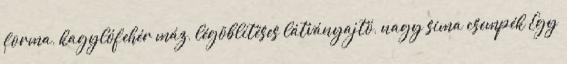
forma, kagylófehér máz, légöblítéses látványajtó, nagy sima csempék Egy